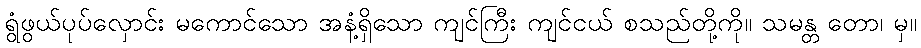
ရွံဖွယ်ပုပ်လှောင်း မကောင်သော အနံ့ရှိသော ကျင်ကြီး ကျင်ငယ် စသည်တို့ကို။ သမန္တ တော၊ မှ။